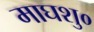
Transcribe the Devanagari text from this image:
माघशु०